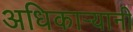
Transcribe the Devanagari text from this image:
अधिकार्‍यानी